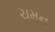
ચમન